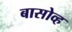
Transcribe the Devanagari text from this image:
बासोव्ह